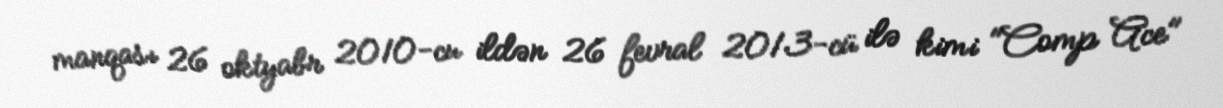
manqası 26 oktyabr 2010-cu ildən 26 fevral 2013-cü ilə kimi "Comp Ace"